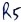
Text: R5